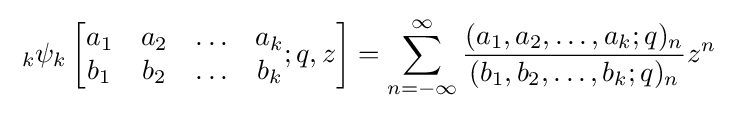
\;_{k}\psi _{k}\left[{\begin{matrix}a_{1}&a_{2}&\ldots &a_{k}\\b_{1}&b_{2}&\ldots &b_{k}\end{matrix}};q,z\right]=\sum _{n=-\infty }^{\infty }{\frac {(a_{1},a_{2},\ldots ,a_{k};q)_{n}}{(b_{1},b_{2},\ldots ,b_{k};q)_{n}}}z^{n}